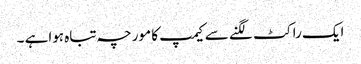
ایک راکٹ لگنے سے کیمپ کا مورچہ تباہ ہواہے ۔